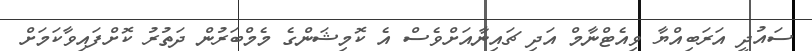
ސައުދީ އަރަބިއްޔާ ވިއެޓްނާމް އަދި ޗައިނާއަށްވެސް އެ ކޮމިޝަންގެ މެމްބަރުން ދަތުރު ކޮށްފައިވާކަމަށް